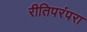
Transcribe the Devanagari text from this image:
रीतिपरंपरा